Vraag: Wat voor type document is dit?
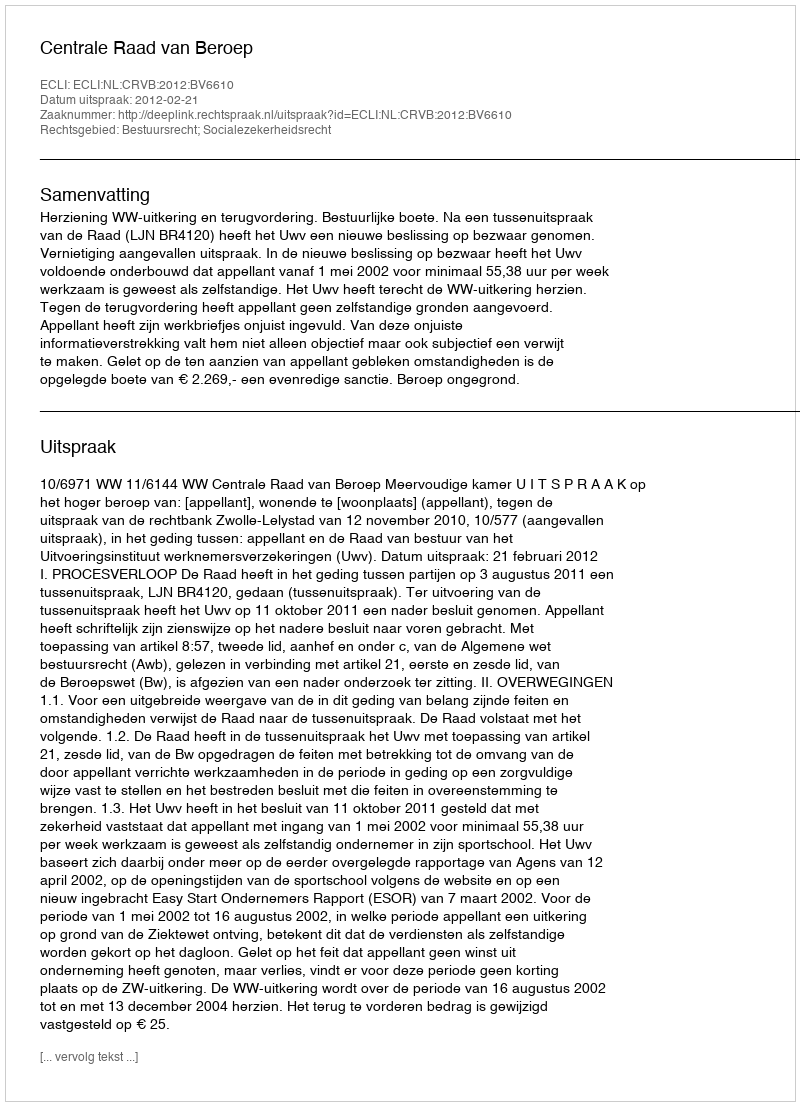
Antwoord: Uitspraak